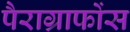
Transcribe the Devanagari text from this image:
पैराग्राफोंस